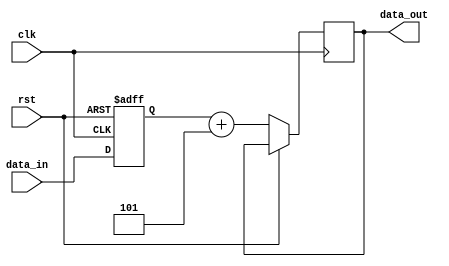
module ShiftAndAddRegister(
    input wire clk,    // clock input
    input wire rst,    // reset input
    input wire [7:0] data_in,    // input data
    output reg [7:0] data_out   // output data
);

reg [7:0] shift_reg;    // shift register storing the input data
parameter SHIFT_AMOUNT = 3;    // specify the number of positions to shift by
parameter CONSTANT_VAL = 5;    // constant value to add

always @(posedge clk or posedge rst) begin
    if (rst) begin
        shift_reg <= 8'b0;    // reset the shift register to 0
    end else begin
        shift_reg <= {shift_reg[7-SHIFT_AMOUNT:0], data_in};    // shift the input data to the left
        data_out <= shift_reg + CONSTANT_VAL;    // add the constant value to the shifted data
    end
end

endmodule